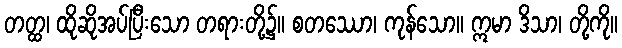
တတ္ထ၊ ထိုဆိုအပ်ပြီးသော တရားတို့၌။ စတဿော၊ ကုန်သော။ ဣမာ ဒိသာ၊ တို့ကို။